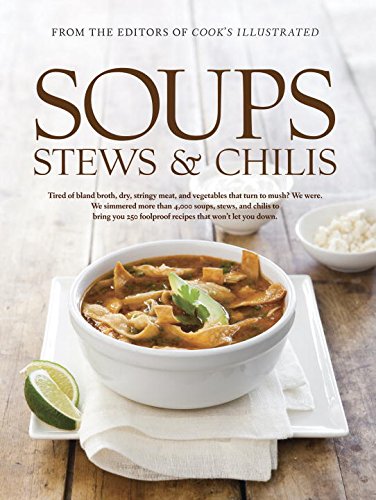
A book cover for Soups, Stews, and Chilis; Cookbooks, Food & Wine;